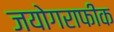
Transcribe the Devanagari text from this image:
जयोगराफीक